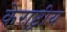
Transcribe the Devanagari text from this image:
केराष्ट्रीय